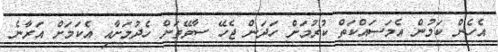
އެހެން ކަމުން އެމަސައްކަތް ކުރުމަށް ހަދަން ޖެހޭ ސާވޭތަށް ހެދުމަށާއި އެކަމަށް އަރާނެ